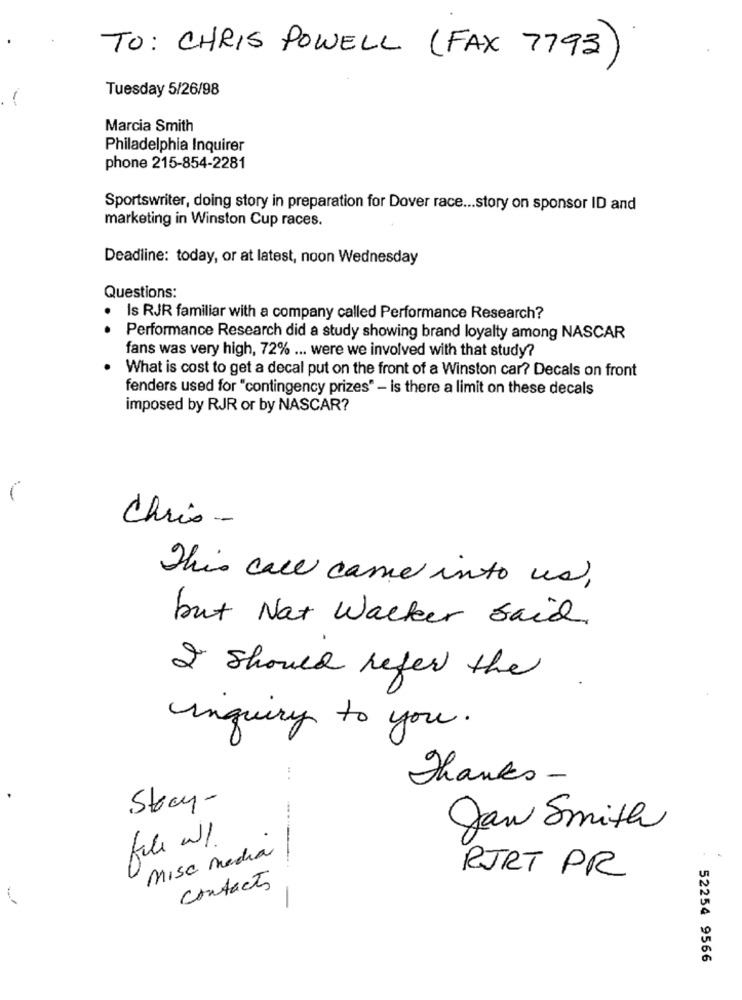
TO: CHRIS POWELL (FAX 7793
Tuesday 5/26/98
Marcia Smith
Philadelphia Inquirer
phone 215-854-2281
Sportswriter, doing story in preparation for Dover race ... story on sponsor ID and
marketing in Winston Cup races.
Deadline: today, or at latest, noon Wednesday
Questions:
Is RJR familiar with a company called Performance Research?
Performance Research did a study showing brand loyalty among NASCAR
fans was very high, 72% ... were we involved with that study?
What is cost to get a decal put on the front of a Winston car? Decals on front
fenders used for "contingency prizes" - is there a limit on these decals
imposed by RJR or by NASCAR?
(
Chris-
This call came into us,
but Not Walker said
I should refer the
inquiry to you .
Thanks -
Story-
Jan Smith
file w1.
Misc media
RJRT PR
contacts
52254 9566